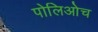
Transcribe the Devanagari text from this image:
पोलिओच